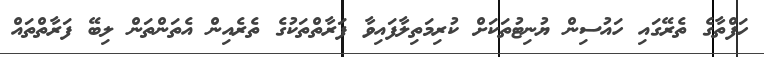
ހަފްތާގެ ތެރޭގައި ހައުސިން ޔުނިޓުތަކަށް ކުރިމަތިލާފައިވާ ފަރާތްތަކުގެ ތެރެއިން އެތަންތަން ލިބޭ ފަރާތްތައް